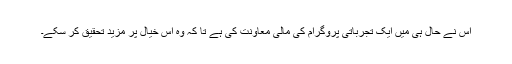
اس نے حال ہی میں ایک تجرباتی پروگرام کی مالی معاونت کی ہے تا کہ وہ اس خیال پر مزید تحقیق کر سکے۔